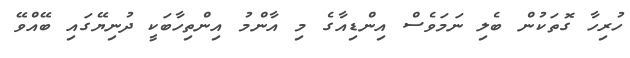
ހުރިހާ ގޮތަކުން ބެލި ނަމަވެސް އިންޑިއާގެ މި އާންމު އިންތިހާބަކީ ދުނިޔޭގައި ބޭއްވޭ